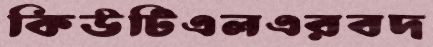
কিউটিএলএরবদ